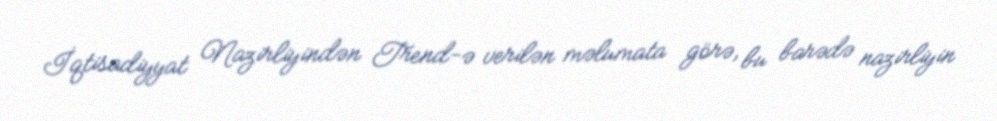
İqtisadiyyat Nazirliyindən Trend-ə verilən məlumata görə, bu barədə nazirliyin